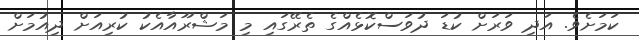
ކަމަށެވެ. އަދި ވަރަށް ކުޑަ ދުވަސްކޮޅެއްގެ ތެރޭގައި މި މަޝްރޫއާއެކު ކުރިއަށް ދިއުމަށް